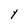
Character: Y